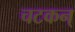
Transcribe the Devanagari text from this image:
चटकन्